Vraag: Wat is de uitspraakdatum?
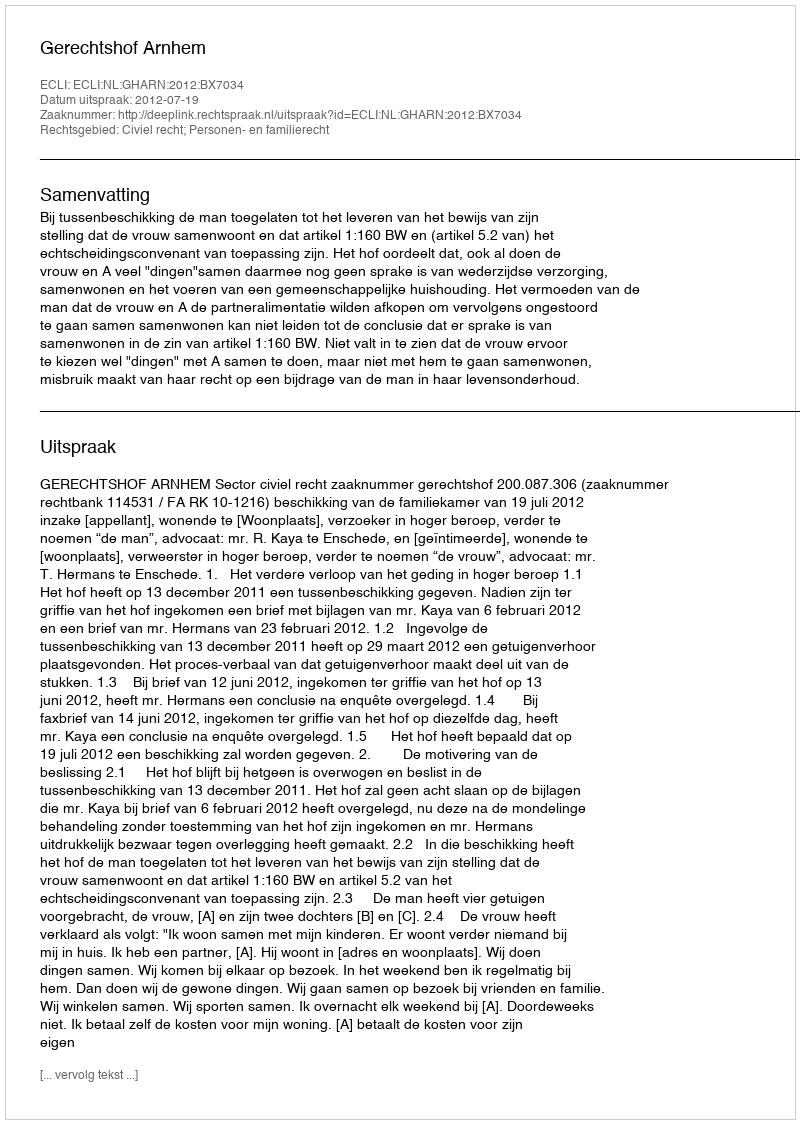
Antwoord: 2012-07-19